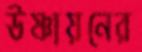
উষ্ণায়নের